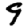
Digit: 9